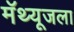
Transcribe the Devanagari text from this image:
मॅथ्यूजला